Medical and sanitary report of the native army of Bengal for the year
Year: 1878
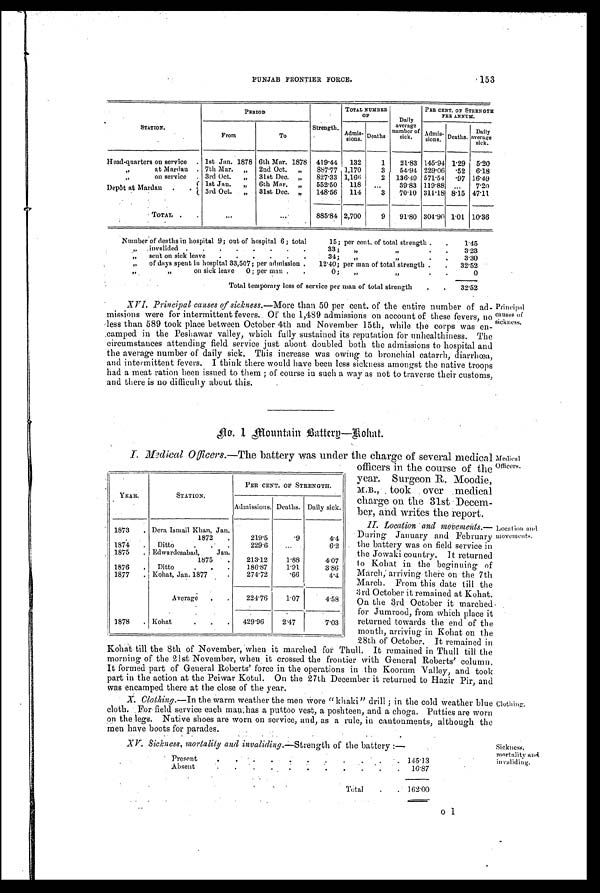
PUNJAB FRONTIER FORCE. 153
STATION.
PERIOD
Strength.
TOTAL NUMBER
O F
Daily
average
number of
sick.
PER CENT. OF STRENGTH
PER ANNUM.
From
To
Admi s -
ions . Deaths
Admis- s i o n s . Deaths.
Daily
average sick.
Head-quarters on service . 1st Jan. 1878 6th Mar. 1878 419.44 132
1 21.83 145.94 1.29 5.20
,,
at Mardan . 7th Mar. „ 2nd Oct. „ 887.77 1,170
3 54.94 229.06 .52 6.18
„
on service . 3rd Oct. „ 31st Dec. „ 827.33 1,166
2 136.49 571.54 .97 16.49
D e p ô t a t M a r d a n
. . 1st Jan.
„
6th Mar. „ 552.50 118 . . .
39.83 119.88 . . .
7.20
3rd Oct.
„
31st Dec. „ 148.56 114
3 70.10 311.18 8.15 47.11
TOTAL . .
...
. . .
885.84 2,700
9 91.80 304.90 1.01 10.36
Number of deaths in hospital 9; out of hospital 6; total
15; per cent. of total strength . .
1.45
„
invalided . . . . .
. . .
33; „
„
. .
3.23
„
sent on sick leave . . . . . .
34; „
„
. .
3.30
„ of days spent in hospital 33,507; per admission . 12.40; per man of total strength . . 32.52
„ „
on sick leave 0 ; per man . .
0; „
„
. .
0
Total temporary loss of service per man of total strength
. . 32.52
XVI. Principal causes of sickness. —More than 50 per cent. of the entire number of ad
- m i s s i o n s w e r e f o r i n t e r m i t t e n t f e v e r s . O f t h e 1 , 4 8 9 a d m i s s i o n s o n a c c o u n t o f t h e s e f e v e r s , n o
less than 589 took place between October 4th and November 15th, while the corps was en
-camped in the Peshawar valley, which fully sustained its reputation for unhealthiness. The
circumstances attending field service just about doubled both the admissions to hospital and
the average number of daily sick. This increase was owing to bronchial catarrh, diarrhœa,
and intermittent fevers. I think there would have been less sickness amongst the native troops
had a meat ration been issued to them ; of course in such a way as not to traverse their customs,
and there is no difficulty about this.
Principal
Causes of
sickness.
No. 1 Mountain Battery—Kohat.
I. Medical Officers. —The battery was under the charge of several medical
officers in the course of the
year. Surgeon R. Moodie,
M. B. , . t o o k , o v e r me d i c a l
charge on the 31st .Decem
-ber, and writes the report.
II. Location and movements . —
During January and February
the battery was on field service in
.the Jowaki country. It returned
to Kohat in the beginning of
March; arriving there on the 7th
March. From this date till the
3rd October it remained at Kohat.
On the 3rd October it marched
for Jumrood, from which place it
returned towards the end of the
month, arriving in Kohat on the
28th of' October. It remained in
Kohat till the 8th of November, when it marched for Thull. It remained in Thull till the
morning of the 21st November, when it crossed the frontier with General Roberts' column.
It formed part of General Roberts' force in the operations in the Koorum Valley, and took
part in the action at the Peiwar Kotul. On the 27th December it returned to Hazir Pir, and
was encamped there at the close of' the year.
YEAR.
STATION.
PER CENT. OF STRENGTH.
Admissions. Deaths. Daily sick.
1873
. Dera Ismail Khan, Jan.
1872
.
219.5
9
4.4
1874 . Ditto
.
.
.
229.6
...
6.2
1875 . Edwardesabad, Jan.
1875
. . 213.12
1.88
4.07
1876 . Ditto
. . .
186.87
1.91
3.86
1877 . Kohat, Jan. 1877
.
274.72
.66
4.4
Average . .
224.76
1.07
4.58
1878 . Kohat
. . . 429.96
2.47
7.03
Medical
Officers.
Location and
movements.
X. Clothing.—In the warm weather the men wore " khaki" drill ; in the cold weather blue
cloth. For field service each man has a puttoo vest, a poshteen, and a choga. Putties are worn
on the legs. Native shoes are worn on service, and, as a rule, in cantonments, although the
men have boots for parades.
XV. Sickness, mortality and invaliding.—Strength of the battery :—
Present.
.
. . . . .
145.13
Absent.
.
.
. .
16.87
Total
.
. 162.00
Sickness,
mortality and
invaliding.
0 1